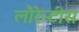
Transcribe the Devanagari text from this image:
लौरेन्टीस